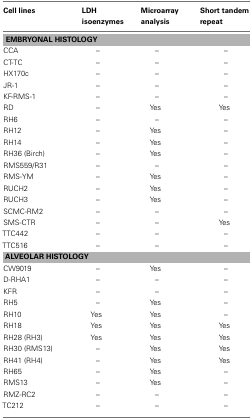
<table><thead><tr><td><b>Cell lines</b></td><td><b>LDH isoenzymes</b></td><td><b>Microarray analysis</b></td><td><b>Short tandem repeat</b></td></tr></thead><tbody><tr><td colspan="4"><b>EMBRYONAL HISTOLOGY</b></td></tr><tr><td>CCA</td><td>–</td><td>–</td><td>–</td></tr><tr><td>CT-TC</td><td>–</td><td>–</td><td>–</td></tr><tr><td>HX170c</td><td>–</td><td>–</td><td>–</td></tr><tr><td>JR-1</td><td>–</td><td>–</td><td>–</td></tr><tr><td>KF-RMS-1</td><td>–</td><td>–</td><td>–</td></tr><tr><td>RD</td><td>–</td><td>Yes</td><td>Yes</td></tr><tr><td>RH6</td><td>–</td><td>–</td><td>–</td></tr><tr><td>RH12</td><td>–</td><td>Yes</td><td>–</td></tr><tr><td>RH14</td><td>–</td><td>Yes</td><td>–</td></tr><tr><td>RH36 (Birch)</td><td>–</td><td>Yes</td><td>–</td></tr><tr><td>RMS559/R31</td><td>–</td><td>–</td><td>–</td></tr><tr><td>RMS-YM</td><td>–</td><td>Yes</td><td>–</td></tr><tr><td>RUCH2</td><td>–</td><td>Yes</td><td>–</td></tr><tr><td>RUCH3</td><td>–</td><td>Yes</td><td>–</td></tr><tr><td>SCMC-RM2</td><td>–</td><td>–</td><td>–</td></tr><tr><td>SMS-CTR</td><td>–</td><td>–</td><td>Yes</td></tr><tr><td>TTC442</td><td>–</td><td>–</td><td>–</td></tr><tr><td>TTC516</td><td>–</td><td>–</td><td>–</td></tr><tr><td colspan="4"><b>ALVEOLAR HISTOLOGY</b></td></tr><tr><td>CW9019</td><td>–</td><td>Yes</td><td>–</td></tr><tr><td>D-RHA1</td><td>–</td><td>–</td><td>–</td></tr><tr><td>KFR</td><td>–</td><td>–</td><td>–</td></tr><tr><td>RH5</td><td>–</td><td>Yes</td><td>–</td></tr><tr><td>RH10</td><td>Yes</td><td>Yes</td><td>–</td></tr><tr><td>RH18</td><td>Yes</td><td>Yes</td><td>Yes</td></tr><tr><td>RH28 (RH3)</td><td>Yes</td><td>Yes</td><td>Yes</td></tr><tr><td>RH30 (RMS13)</td><td>–</td><td>Yes</td><td>Yes</td></tr><tr><td>RH41 (RH4)</td><td>–</td><td>Yes</td><td>Yes</td></tr><tr><td>RH65</td><td>–</td><td>Yes</td><td>–</td></tr><tr><td>RMS13</td><td>–</td><td>Yes</td><td>–</td></tr><tr><td>RMZ-RC2</td><td>–</td><td>–</td><td>–</td></tr><tr><td>TC212</td><td>–</td><td>–</td><td>–</td></tr></tbody></table>